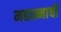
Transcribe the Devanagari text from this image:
महात्माची